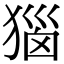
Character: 㺁